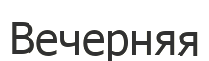
Вечерняя